Indian Civil Veterinary Department memoirs
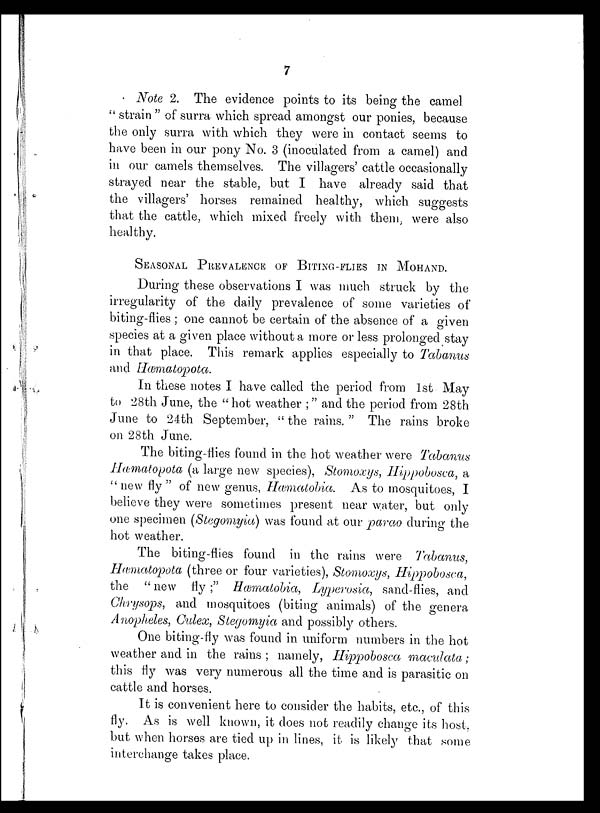
7
Note 2. The evidence points to its being the camel
"strain" of surra which spread amongst our ponies, because
the only surra with which they were in contact seems to
have been in our pony No. 3 (inoculated from a camel) and
in our camels themselves. The villagers' cattle occasionally
strayed near the stable, but I have already said that
the villagers' horses remained healthy, which suggests
that the cattle, which mixed freely with them, were also
healthy.
SEASONAL PREVALENCE OF BITING-FLIES IN MOHAND.
During these observations I was much struck by the
irregularity of the daily prevalence of some varieties of
biting-flies; one cannot be certain of the absence of a given
species at a given place without a more or less prolonged stay
in that place. This remark applies especially to Tabanus
and Hæmatopota.
In these notes I have called the period from 1st May
to 28th June, the "hot weather;" and the period from 28th
June to 24th September, "the rains." The rains broke
on 28th June.
The biting-flies found in the hot weather were Tabanus
Hæmatopota (a large new species), Stomoxys, Hippobosca, a
"new fly" of new genus, Hæmatobia. As to mosquitoes, I
believe they were sometimes present near water, but only
one specimen (Stegomyia) was found at our parao during the
hot weather.
The biting-flies found in the rains were Tabanus,
Hæmatopota (three or four varieties), Stomoxys, Hippobosca,
the "new fly;" Hæmatobia, Lyperosia, sand-flies, and
Chrysops, and mosquitoes (biting animals) of the genera
Anopheles, Culex, Stegomyia and possibly others.
One biting-fly was found in uniform numbers in the hot
weather and in the rains; namely, Hippobosca maculata;
this fly was very numerous all the time and is parasitic on
cattle and horses.
It is convenient here to consider the habits, etc., of this
fly. As is well known, it does not readily change its host,
but when horses are tied up in lines, it is likely that some
interchange takes place.